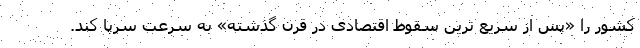
کشور را «پس از سریع ترین سقوط اقتصادی در قرن گذشته» به سرعت سرپا کند.